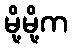
မို့မို့က